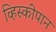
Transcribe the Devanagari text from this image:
व्हिस्कीपान